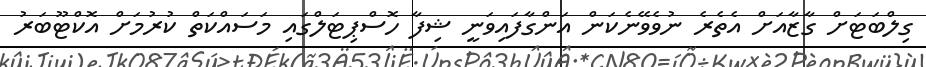
ގިލްބަޓަށް ގާޒާއަށް އެތެރެ ނުވެވޭނެކަން އަންގާފައިވަނީ ޝިފާ ހޮސްޕިޓަލްގައި މަސައްކަތް ކުރުމަށް އޮކްޓޫބަރު